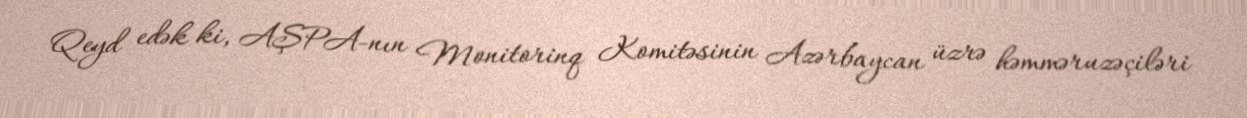
Qeyd edək ki, AŞPA-nın Monitorinq Komitəsinin Azərbaycan üzrə həmməruzəçiləri